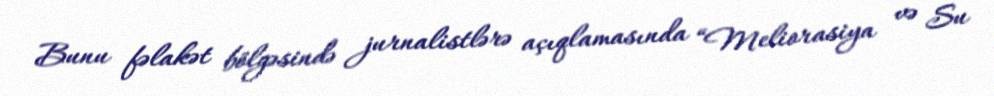
Bunu fəlakət bölgəsində jurnalistlərə açıqlamasında “Meliorasiya və Su